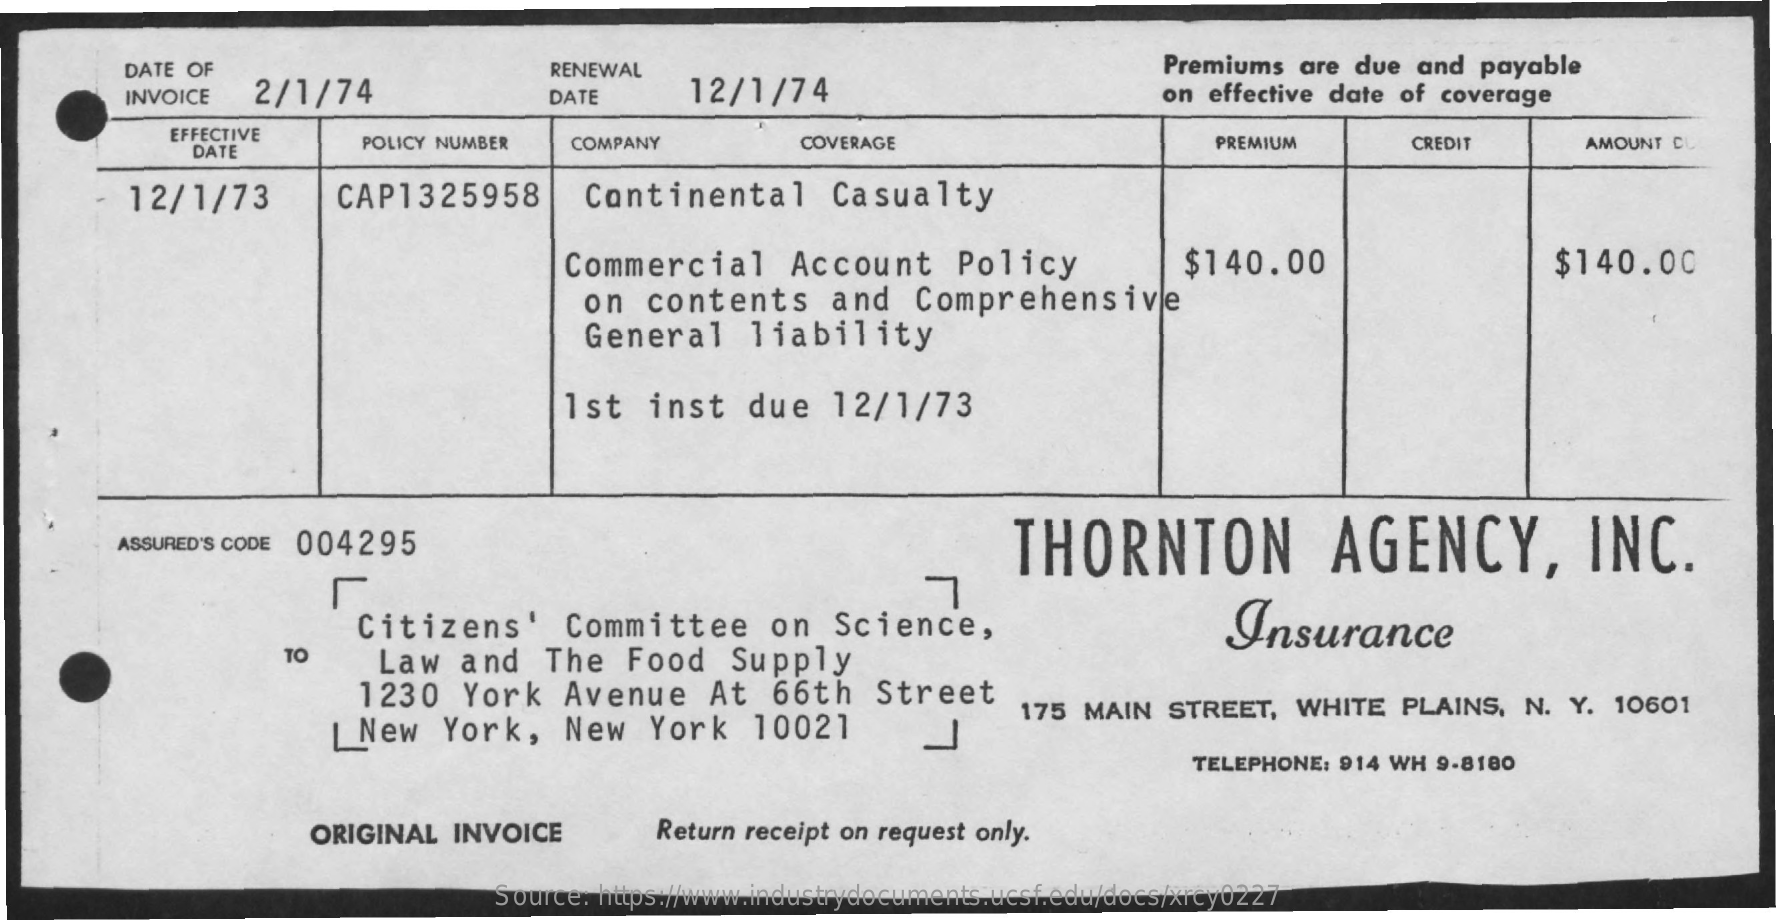
DATE OF    RENEWAL
     INVOICE  2/1/74    DATE    12/1/74
     Premiums  are due and  payable
     on effective date of coverage
     EFFECTIVE
     DATE
     POLICY NUMBER   COMPANY    COVERAGE    PREMIUM    CREDIT    AMOUNT CL
     12/1/73    CAP1325958    Continental    Casualty
     Commercial    Account    Policy    $140.00    $140.00
     on   contents    and    Comprehensive
     General    liability
     1st   inst   due    12/1/73
     ASSURED'S CODE 004295    THORNTON    AGENCY,    INC.
     Citizens'    Committee    on   Science,    Insurance
     TO    Law  and    The   Food    Supply
     1230    York   Avenue    At   66th    Street
     | New   York,    New    York    10021    J
     175 MAIN   STREET,  WHITE   PLAINS,  N.  Y. 10601
     TELEPHONE: 914 WH 9-8180
     ORIGINAL  INVOICE    Return receipt on request only.
     Source: https://www.industrydocuments.ucsf.edu/docs/xrcy0227